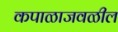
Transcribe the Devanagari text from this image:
कपाळाजवळील